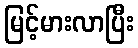
မြင့်မားလာပြီး